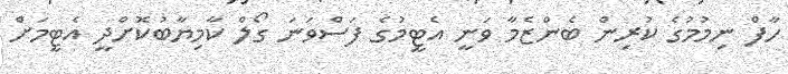
ހާފް ނިމުމުގެ ކުރިން ބެންޒެމާ ވަނީ އެޓީމުގެ ފަސްވަނަ ގޯލް ކާމިޔާބުކޮށްދީ އެޓީމަށް